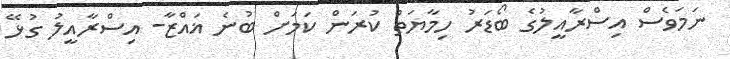
ނަމަވެސް އިސްރާއީލުގެ ބޯޑަރު ހިމާޔަތް ކުރަން ކަމަށް ބުނެ ޣައްޒާ- އިސްރާއީލު ގުޅޭ